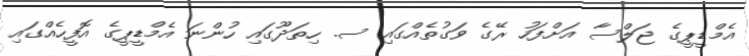
އެމްޑީޕީގެ ޖަލްސާ އަށްފަހު ރޭގެ ވަގުތެއްގައި ސ. ހިތަދޫގައި ހުންނަ އެމްޑީޕީގެ އޮފީހެއްގައި